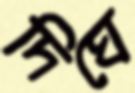
দিঘে